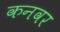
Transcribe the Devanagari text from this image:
कनवर